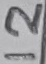
Text: 12